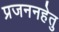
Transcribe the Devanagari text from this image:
प्रजननहेतु